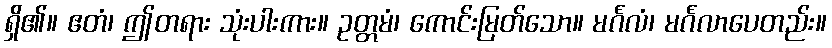
ရှိ၏။ ဧတံ၊ ဤတရား သုံးပါးကား။ ဥတ္တမံ၊ ကောင်းမြတ်သော။ မင်္ဂလံ၊ မင်္ဂလာပေတည်း။